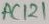
Text: AC121